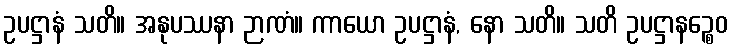
ဥပဋ္ဌာနံ သတိ။ အနုပဿနာ ဉာဏံ။ ကာယော ဥပဋ္ဌာနံ, နော သတိ။ သတိ ဥပဋ္ဌာနဉ္စေဝ